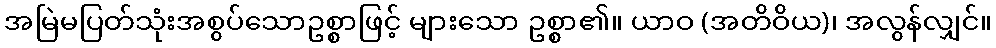
အမြဲမပြတ်သုံးအစွပ်သောဥစ္စာဖြင့် များသော ဥစ္စာ၏။ ယာဝ (အတိဝိယ)၊ အလွန်လျှင်။